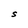
Character: S